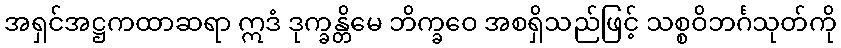
အရှင်အဋ္ဌကထာဆရာ ဣဒံ ဒုက္ခန္တိမေ ဘိက္ခဝေ အစရှိသည်ဖြင့် သစ္စဝိဘင်္ဂသုတ်ကို